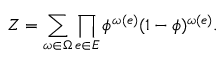
Z = \sum _ { \omega \in \Omega } \prod _ { e \in E } \phi ^ { \omega ( e ) } ( 1 - \phi ) ^ { \omega ( e ) } .